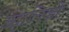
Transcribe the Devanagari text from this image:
अट्टालिकों